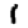
Digit: 1